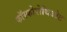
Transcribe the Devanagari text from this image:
फॉस्फोरोथिओट